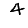
Digit: 4